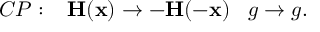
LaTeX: C P : \; \; \; { \bf H ( x ) } \rightarrow - { \bf H ( - x ) } \; \; \; g \rightarrow g .